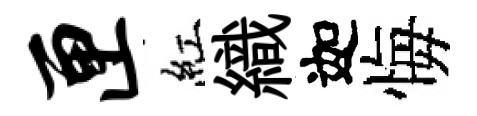
匣紅織迦悔